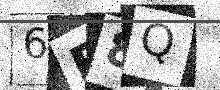
Text: 6E8Q